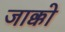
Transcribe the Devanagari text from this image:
जाक्को